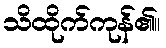
သိထိုက်ကုန်၏။